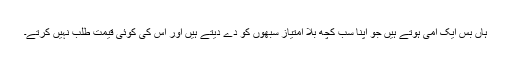
ہاں بس ایک اُمّی ہوتے ہیں جو اپنا سب کچھ بلا امتیاز سبھوں کو دے دیتے ہیں اور اس کی کوئی قیمت طلب نہیں کرتے۔